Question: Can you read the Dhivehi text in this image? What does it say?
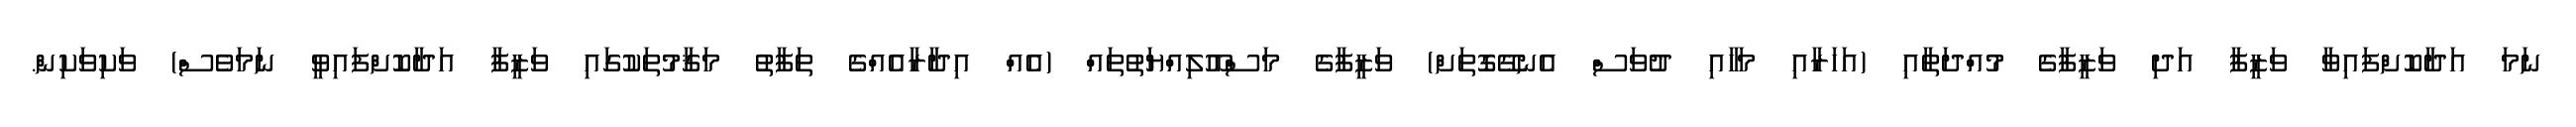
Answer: ނަމަ އަދާކޮށްފައިވާ ވަޒީފާ އަދި ވަޒީފާގެ މުއްދަތާއި (އަހަރާއި މަހާއި ދުވަސް އެނގޭގޮތަށް) ވަޒީފާގެ މަސްއޫލިއްޔަތުތައް (އެއް އިދާރާއެއްގެ ތަފާތު މަޤާމުތަކުގައި ވަޒީފާ އަދާކޮށްފައިވީ ނަމަވެސް) ވަކިވަކިން.